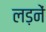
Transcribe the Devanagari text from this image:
लड़नें